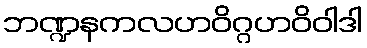
ဘဏ္ဍနကလဟဝိဂ္ဂဟဝိဝါဒါ